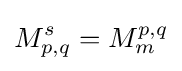
M_{p,q}^{s}=M_{m}^{p,q}